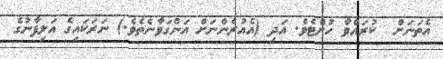
އެތަނަށް  ކުރައްވާ ހުށްޓެވެ. އަދި (އެއުރެންނަށް އަންގަވާނެތެވެ.) ނަރަކައިގެ އަލިފާނުގެ